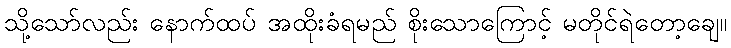
သို့သော်လည်း နောက်ထပ် အထိုးခံရမည် စိုးသောကြောင့် မတိုင်ရဲတော့ချေ။